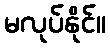
မလုပ်နိုင်။